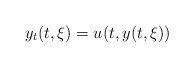
\begin{align*}y_t(t,\xi)=u(t,y(t,\xi))\end{align*}